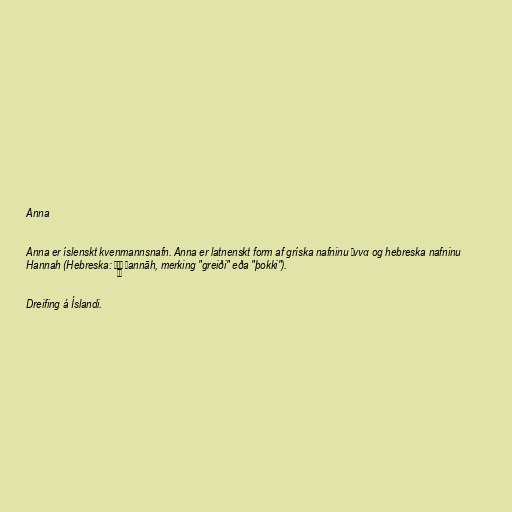
Anna

Anna er íslenskt kvenmannsnafn. Anna er latnenskt form af gríska nafninu Ἄννα og hebreska nafninu
Hannah (Hebreska: חַנָּה Ḥannāh‎, merking "greiði" eða "þokki").

Dreifing á Íslandi.